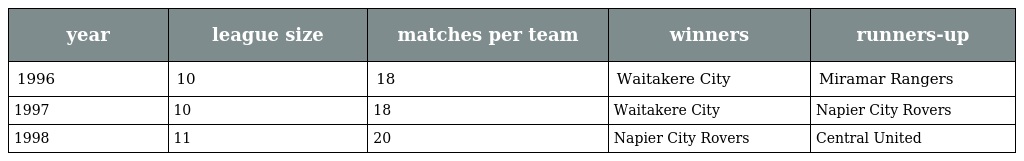
| year | league size | matches per team | winners | runners-up |
 | --- | --- | --- | --- | --- |
 | 1996 | 10 | 18 | Waitakere City | Miramar Rangers |
 | 1997 | 10 | 18 | Waitakere City | Napier City Rovers |
 | 1998 | 11 | 20 | Napier City Rovers | Central United |